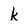
Character: k